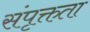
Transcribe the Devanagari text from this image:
संपृक्तता